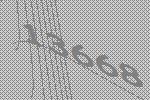
13668